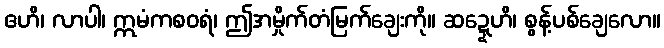
ဧဟိ၊ လာပါ၊ ဣမံကစဝရံ၊ ဤအမှိုက်တံမြက်ချေးကို။ ဆဍ္ဍေဟိ၊ စွန့်ပစ်ချေလော။